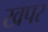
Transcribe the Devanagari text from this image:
खपर